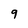
Character: 9